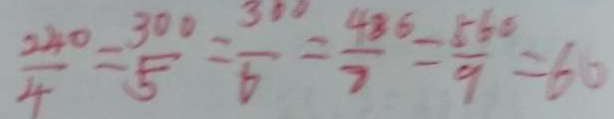
\frac { 2 4 0 } { 4 } = \frac { 3 0 0 } { 5 } = \frac { 3 0 0 } { 6 } = \frac { 4 8 6 } { 8 } = \frac { 5 6 0 } { 9 } = 6 0